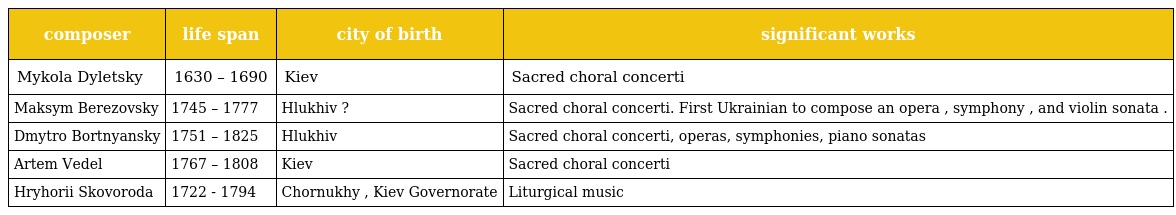
| composer | life span | city of birth | significant works |
 | --- | --- | --- | --- |
 | Mykola Dyletsky | 1630 – 1690 | Kiev | Sacred choral concerti |
 | Maksym Berezovsky | 1745 – 1777 | Hlukhiv ? | Sacred choral concerti. First Ukrainian to compose an opera , symphony , and violin sonata . |
 | Dmytro Bortnyansky | 1751 – 1825 | Hlukhiv | Sacred choral concerti, operas, symphonies, piano sonatas |
 | Artem Vedel | 1767 – 1808 | Kiev | Sacred choral concerti |
 | Hryhorii Skovoroda | 1722 - 1794 | Chornukhy , Kiev Governorate | Liturgical music |